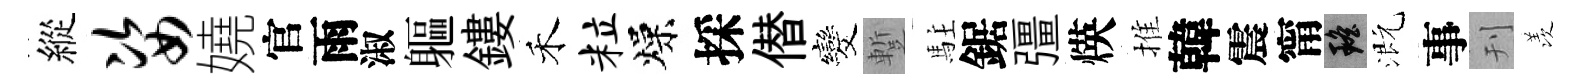
縱姿嬈官雨淑軀鏤禾粒燥採僣发蹔駐鋸彊煐推韓震甯瑶溉事刊羡